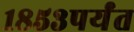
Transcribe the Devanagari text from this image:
१८५३पर्यंत